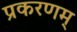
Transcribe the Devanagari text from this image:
प्रकरणम्‌